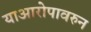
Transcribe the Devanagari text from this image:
याआरोपावरुन